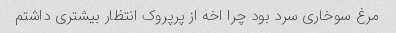
مرغ سوخاری سرد بود چرا اخه از پرپروک انتظار بیشتری داشتم